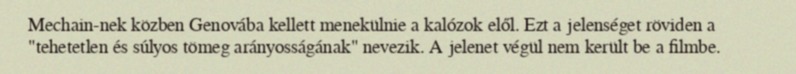
Mechain-nek közben Genovába kellett menekülnie a kalózok elől. Ezt a jelenséget röviden a "tehetetlen és súlyos tömeg arányosságának" nevezik. A jelenet végül nem került be a filmbe.